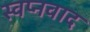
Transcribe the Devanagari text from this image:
स्वप्नवाद